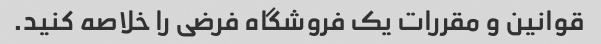
قوانین و مقررات یک فروشگاه فرضی را خلاصه کنید.